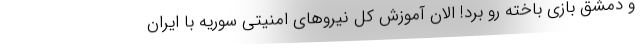
و دمشق بازی باخته رو بُرد! الان آموزش کل نیروهای امنیتی سوریه با ایران